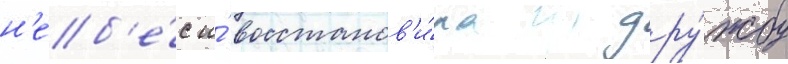
н'еб'е́с и́ восстанов'и́ла дру́жбу